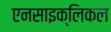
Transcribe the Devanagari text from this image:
एनसाइक्लिकल